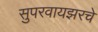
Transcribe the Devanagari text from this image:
सुपरवायझरचे